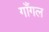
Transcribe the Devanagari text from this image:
गाँगल